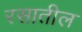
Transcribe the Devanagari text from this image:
रसातील